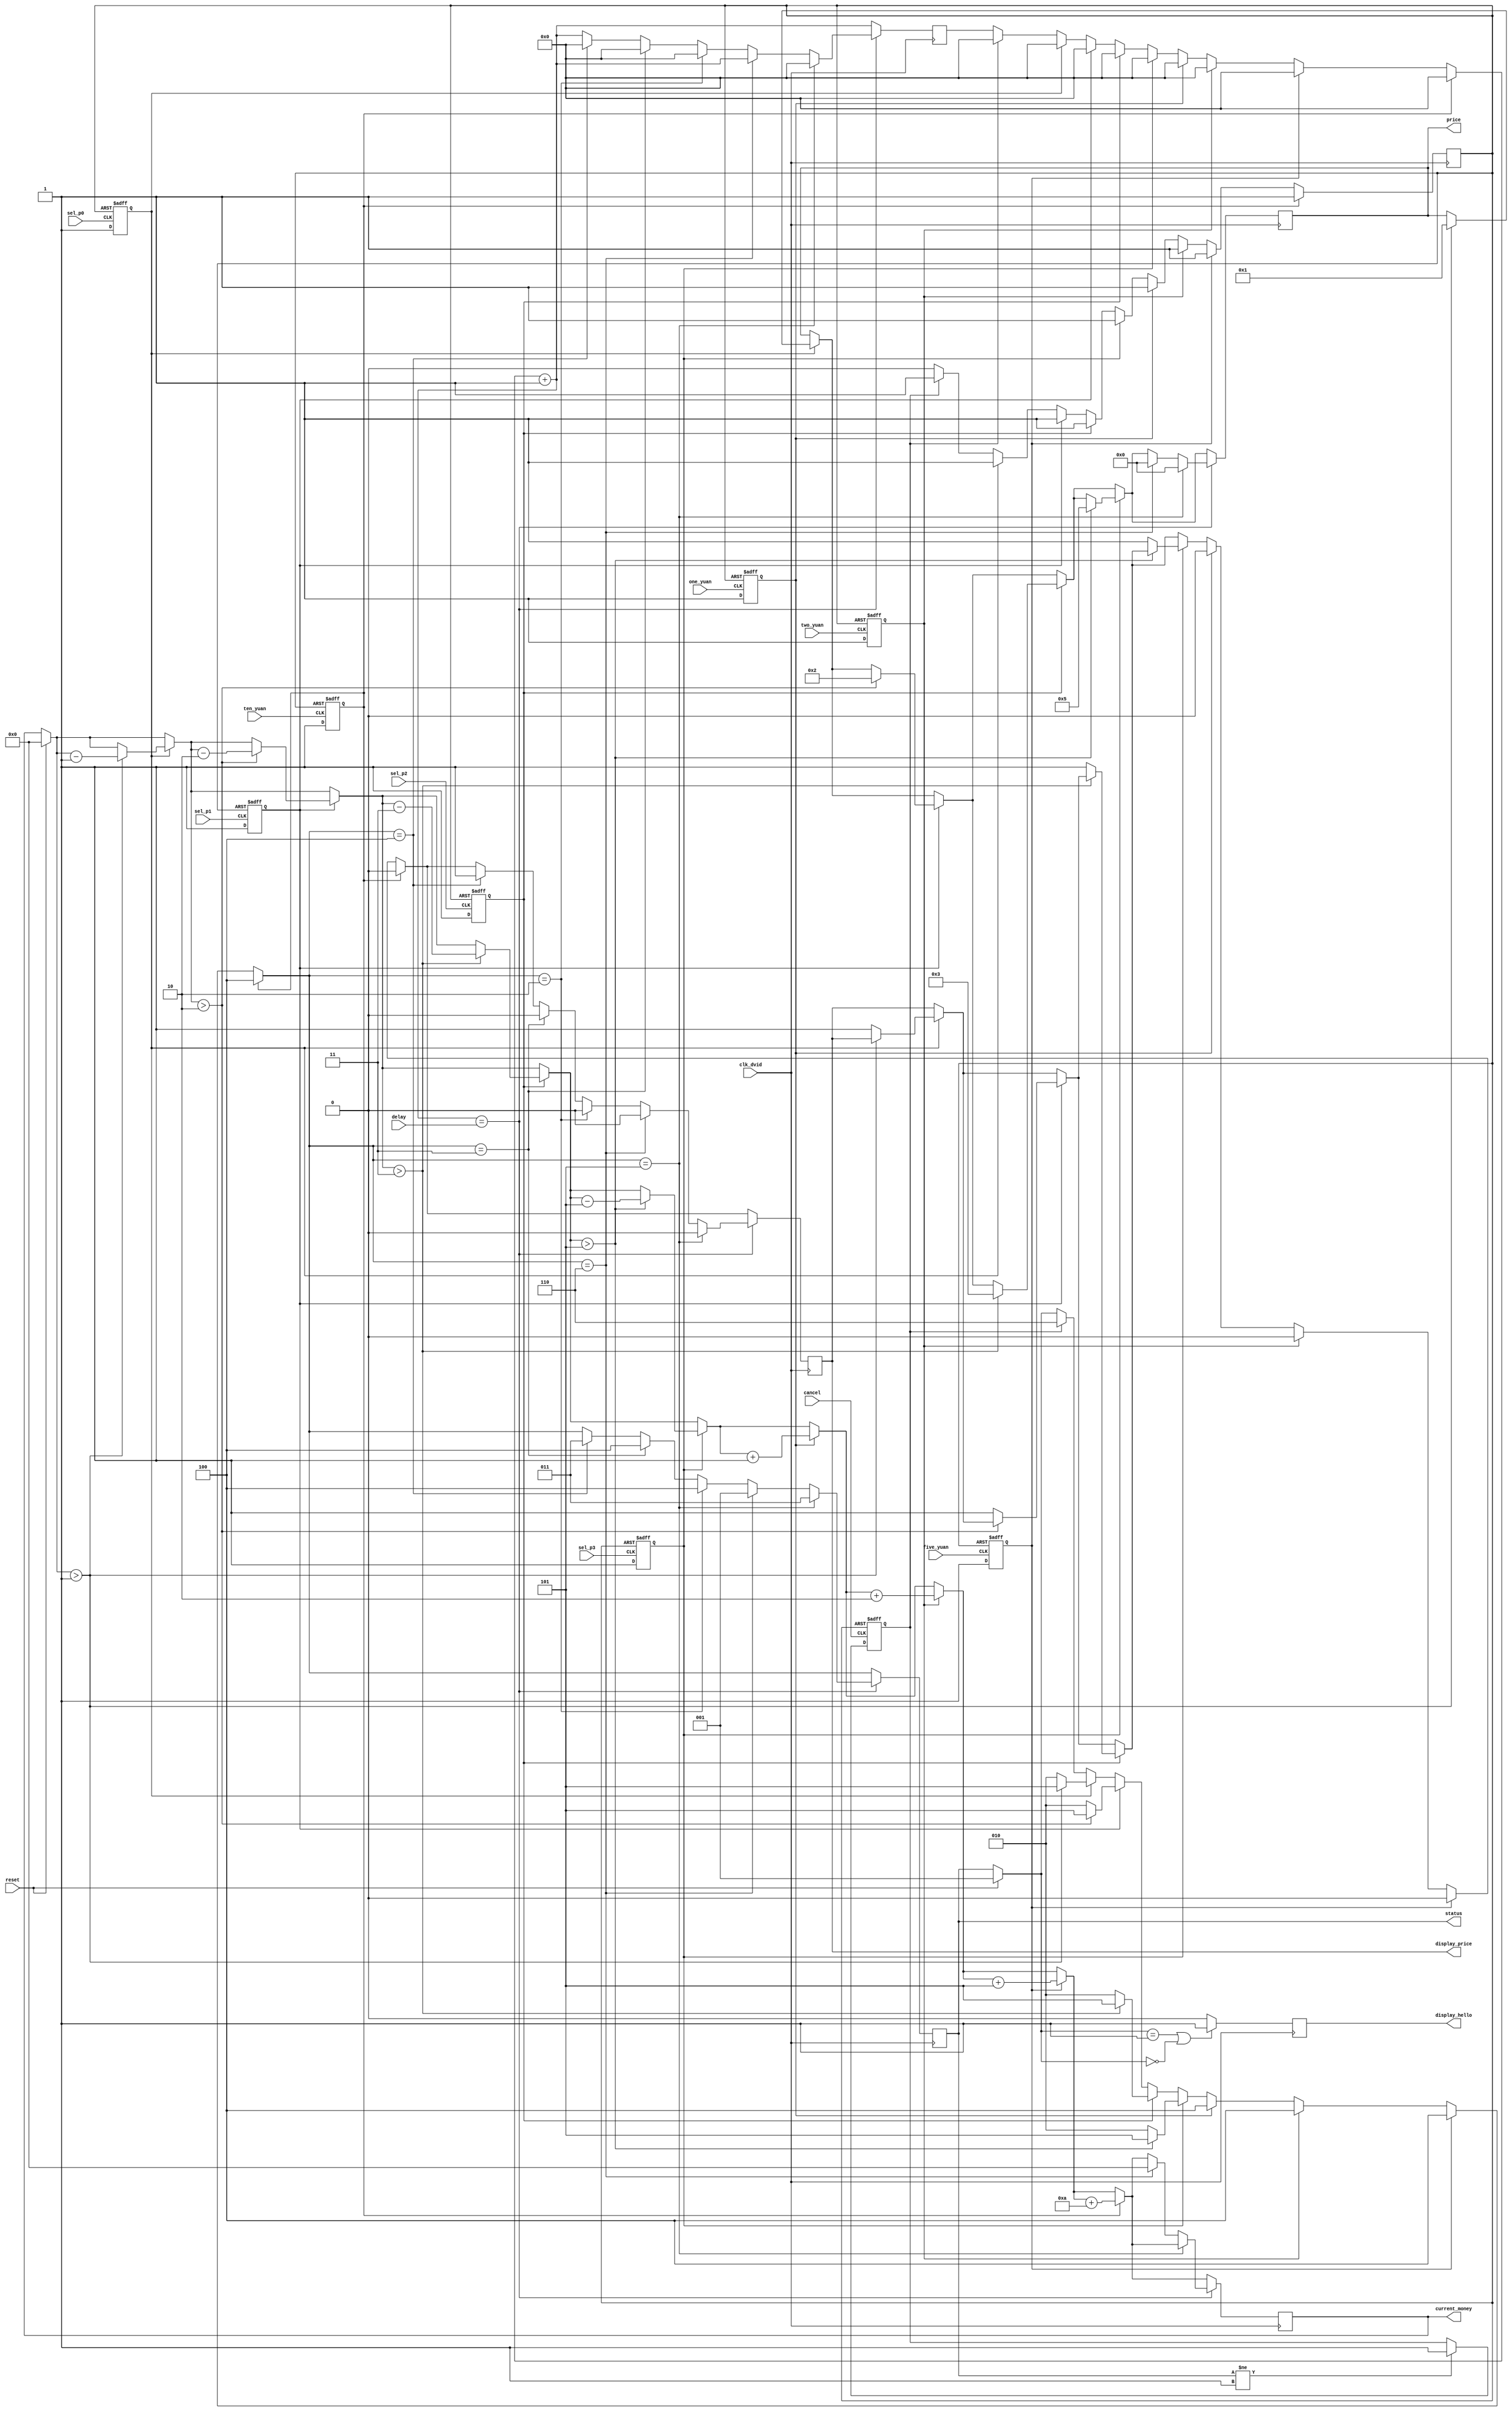
`timescale 1ns / 1ps
//////////////////////////////////////////////////////////////////////////////////
// Company: 
// Engineer: 
// 
// Design Name: 
// Module Name:    store_module 
// Project Name: 
// Target Devices: 
// Tool versions: 
// Description: 
//
// Dependencies: 
//
// Revision: 
// Revision 0.01 - File Created
// Additional Comments: 
//
//////////////////////////////////////////////////////////////////////////////////
/* status
 * 001 - power on init
 * 010 - money is not enough to buy
 * 011 - add money
 * 100 - display money
 * 101 - get product
 * 110 - pay back money
 */

/* 
 * @input params:
 *      clk_dvid: clock signal
 *      reset: reset the system
 *      cancel: remove the money
 *      ten_yuan: drop 10 yuan
 *      one_yuan: drop 1 yuan
 *		  five_yuan: drop 5 yuan
 *		  two_yuan: drop 2 yuan
 *      sel_p0: sell goods 0
 *      sel_p1: sell goods 1
 *      delay:  ms
 * @output params:     
 *      power_led: 
 *      used_led: 
 *      get_led: 
 *      back_led: 
 *      seg: 
 *      seg_pos: 
 */

module Store_FSM(
    input clk_dvid,
    input reset,
    input cancel,
    input ten_yuan,
    input one_yuan,
	 input two_yuan,
	 input five_yuan,
    input sel_p0,
    input sel_p1,
	 input sel_p2,
    input sel_p3,
    input [31:0]delay,
    output reg [2:0]status,
    output reg [7:0]current_money,
    output reg [3:0]price,
    output reg display_hello,
	 output reg display_price
    );
    
//    parameter delay = 2000;
    reg [31:0]time_count;  // time count for status 5&6 delay
    
    /* key pressed flags */
    reg cancel_pressed,  clear_flag, one_pressed,two_pressed,five_pressed, ten_pressed;    
    reg sel0_pressed, sel1_pressed,sel2_pressed,sel3_pressed;
    initial begin
        status = 3'b000;
        current_money = 0;
        price = 0;
        time_count = 0;
        cancel_pressed = 0; 
        sel0_pressed = 0;
        sel1_pressed = 0;
		  sel2_pressed = 0;
        sel3_pressed = 0;
        clear_flag = 0;
        one_pressed = 0;
		  two_pressed = 0;
		  five_pressed = 0;
        ten_pressed = 0;
        display_hello = 1;
		  display_price = 0;
    end
    
    /* one yuan input key */
    always@ (posedge one_yuan or posedge clear_flag) begin
        if (clear_flag == 1) begin
            one_pressed = 0;
        end 
        else begin
            one_pressed = 1;
        end
    end 
	/* two yuan input key */
    always@ (posedge two_yuan or posedge clear_flag) begin
        if (clear_flag == 1) begin
            two_pressed = 0;
        end
        else begin
            two_pressed = 1;
        end
    end	 
	/* five yuan input key */
    always@ (posedge five_yuan or posedge clear_flag) begin
        if (clear_flag == 1) begin
            five_pressed = 0;
        end
        else begin
            five_pressed = 1;
        end
    end
    /* ten yuan input key */
    always@ (posedge ten_yuan or posedge clear_flag) begin
        if (clear_flag == 1) begin
            ten_pressed = 0;
        end
        else begin
            ten_pressed = 1;
        end
    end
    
    /* cancel input key */
    always@ (posedge cancel or posedge clear_flag) begin
        if (clear_flag == 1) begin
            cancel_pressed = 0;
        end
        else if (status != 3'b001) begin
            cancel_pressed = 1;
        end
    end
    
    /* select product 1 input key */
    always@ (posedge sel_p0 or posedge clear_flag) begin
        if (clear_flag == 1) begin
            sel0_pressed = 0;
        end
        else begin
            sel0_pressed = 1;
        end
    end
    
    /* select product 2 input key */
    always@ (posedge sel_p1 or posedge clear_flag) begin
        if (clear_flag == 1) begin
            sel1_pressed = 0;
        end
        else begin
            sel1_pressed = 1;
        end
    end
    
	 /* select product 3 input key */
    always@ (posedge sel_p2 or posedge clear_flag) begin
        if (clear_flag == 1) begin
            sel2_pressed = 0;
        end
        else begin
            sel2_pressed = 1;
        end
    end
	 
	 /* select product 4 input key */
    always@ (posedge sel_p3 or posedge clear_flag) begin
        if (clear_flag == 1) begin
            sel3_pressed = 0;
        end
        else  begin
            sel3_pressed = 1;
        end
    end
    
    /* main */
    always@ (posedge clk_dvid) begin
        if (reset) begin
            /* if reset on while startup */
            status = 3'b001;
            display_hello = 1;
            current_money = 0;
        end
        
        if (status == 3'b001 || status == 3'b000) begin
            /* initial state -- display hello */
            display_hello = 1;
        end
        else begin
            display_hello = 0;
        end
         
        if (clear_flag == 1) begin
                clear_flag = 0;
        end
        

        /* cancel key down */
        if (cancel_pressed == 1) begin
                status = 3'b110;
                time_count = 0; 
                clear_flag = 1;
        end
        
        /* sel0 key down */
        if (sel0_pressed == 1) begin
            if(current_money > 1)
            begin
                clear_flag = 1;
                price = 1;
                time_count = 0;
                status = 3'b101;
                current_money = current_money - 1;
            end
            else begin
				clear_flag = 1;
            time_count = 0;
            status = 3'b010;
				display_price = 1;
            end
        end
        
        /* sel1 key down */
        if (sel1_pressed == 1) begin
            if(current_money > 2)
            begin
                clear_flag = 1;
                price = 2;
                time_count = 0;
                status = 3'b101;
                current_money = current_money - 2;
            end
            else begin
				clear_flag = 1;
            time_count = 0;
            status = 3'b010;
				display_price = 1;
            end
        end
        
        /* sel2 key down */
        if (sel2_pressed == 1) begin
            if(current_money > 3)
            begin
                clear_flag = 1;
                price = 3;
                time_count = 0;
                status = 3'b101;
                current_money = current_money - 3;
            end
            else begin
				clear_flag = 1;
            time_count = 0;
            status = 3'b010;
				display_price = 1;
            end
        end
        
        /* sel3 key down */
        if (sel3_pressed == 1) begin
            if(current_money > 5)
            begin
                clear_flag = 1;
                price = 5;
                time_count = 0;
                status = 3'b101;
                current_money = current_money - 5;
            end
            else begin
				clear_flag = 1;
            time_count = 0;
            status = 3'b010;
				display_price = 1;
            end
        end
        
        /* one yuan input key down */
        if (one_pressed == 1) begin
                clear_flag = 1;
                current_money = current_money + 1;
                status = 3'b100;
					 time_count = 0;
					 display_price = 0;
        end
        /* two yuan input key down */
        if (two_pressed == 1) begin
                clear_flag = 1;
                current_money = current_money + 2;
                status = 3'b100;
					 time_count = 0;
					 display_price = 0;
        end
        /* five yuan input key down */
        if (five_pressed == 1) begin
                clear_flag = 1;
                current_money = current_money + 5;
                status = 3'b100;
					 time_count = 0;
					 display_price = 0;
        end
        /* ten yuan input key down */
        if (ten_pressed == 1) begin
                clear_flag = 1;
                current_money = current_money + 10;
                status = 3'b100;
					 time_count = 0;
					 display_price = 0;
        end
        
        /* delay time countup */
        time_count = time_count + 1;
        if (time_count == delay) begin

            if (status == 3'b101) begin
                /* get product done */
                status = 3'b011;
                time_count = 0;
                price = 0;
					 display_price = 0;
            end
            else if (status == 3'b110) begin
                /* pay back money done */
                status = 3'b001;
                current_money = 0;
                price = 0;
					 display_price = 0;

            end
            else if (status == 3'b010) begin
                /*money is not enough*/
                status = 3'b100;
					 time_count = 0;
					 display_price = 0;
            end
				else if (status == 3'b011) begin
                /*display price*/
                status = 3'b100;
					 time_count = 0;
					 display_price = 0;
            end
				else if (status == 3'b100) begin
                /*display money*/
                status = 3'b011;
					 time_count = 0;
					 display_price = 1;
				end
        end        
    end
    
    
endmodule